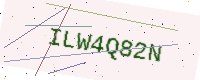
Text: ILW4Q82N